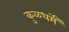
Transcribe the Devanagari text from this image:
कुळधर्में